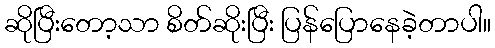
ဆိုပြီးတော့သာ စိတ်ဆိုးပြီး ပြန်ပြောနေခဲ့တာပါ။